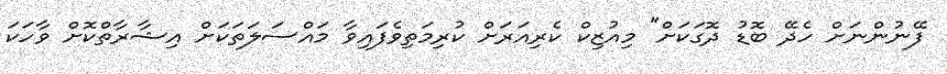
ފޭނުންނަށް ހެދޭ ބޮޑު ދޮގަކަށް" މިއުޒިކް ކެރިއަރަށް ކުރިމަތިވެފައިވާ މައްސަލަތަކަށް އިޝާރާތްކޮށް ވާހަކަ